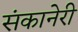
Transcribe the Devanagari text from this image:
संकानेरी